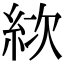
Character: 絘